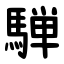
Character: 騨